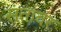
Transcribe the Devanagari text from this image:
संतावर